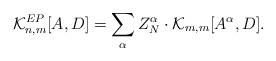
LaTeX: \begin{align*}\mathcal{K}_{n, m}^{EP}[A, D]=\sum_{\alpha} Z_N^{\alpha} \cdot \mathcal{K}_{m, m}[A^{\alpha}, D].\end{align*}